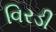
વિરડી